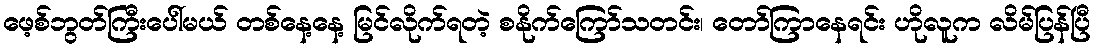
ဖေ့စ်ဘွတ်ကြီးပေါ်မယ် တစ်နေ့နေ့ မြင်လိုက်ရတဲ့ စနိုက်ကြော်သတင်း၊ တော်ကြာနေရင်း ဟိုလူက လိမ်ပြန်ပြီ